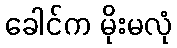
ခေါင်က မိုးမလုံ